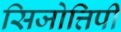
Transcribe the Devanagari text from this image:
सिजोत्तिपी